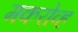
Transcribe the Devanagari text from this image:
मकरोव्ह